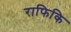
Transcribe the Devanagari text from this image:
राफिकि